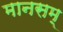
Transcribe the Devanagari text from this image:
मानसम्